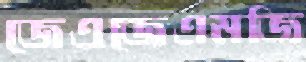
জেএজেএমজি